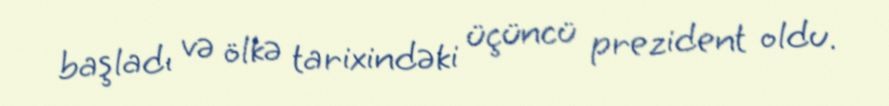
başladı və ölkə tarixindəki üçüncü prezident oldu.